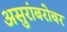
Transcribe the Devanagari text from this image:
असुरांबरोबर